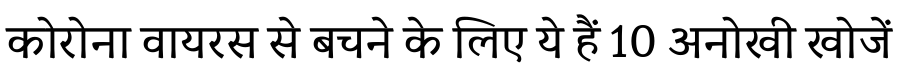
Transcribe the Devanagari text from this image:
कोरोना वायरस से बचने के लिए ये हैं 10 अनोखी खोजें